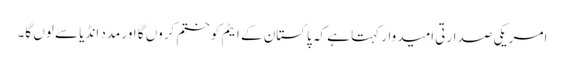
امریکی صدارتی امیدوار کہتا ہے کہ پاکستان کے ایٹم کو ختم کروں گا اور مدد انڈیا سے لوں گا۔